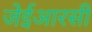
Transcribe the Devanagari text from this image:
जेईआरसी